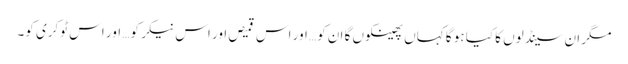
مگر ان سینڈلوں کا کیا ہو گا کہاں پھینکوں گا ان کو… اور اس قمیص اور اس نیکر کو… اور اس ٹوکری کو۔